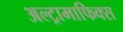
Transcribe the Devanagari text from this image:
अल्ट्रामाफिक्स